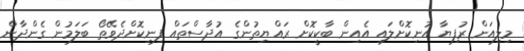
މިލިއަން ރުފިޔާ އުނިކޮށްލައި އެއިން ބާކީކޮށް ރައްޔިތުންގެ އުދާސްތައް ފިނިކޮށްދެވޭތޯ ބަލަމުން ގެންދާން